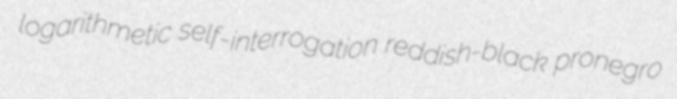
logarithmetic self-interrogation reddish-black pronegro